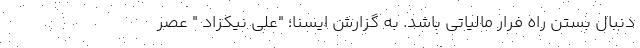
دنبال بستن راه فرار مالیاتی باشد. به گزارش ایسنا؛ "علی نیکزاد " عصر